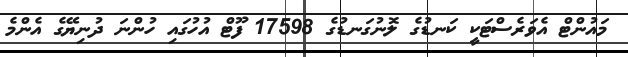
މައުންޓް އެވަރެސްޓަކީ ކަނޑުގެ ލޮނުގަނޑުގެ 17598 ފޫޓް އުހުގައި ހުންނަ ދުނިޔޭގެ އެންމެ